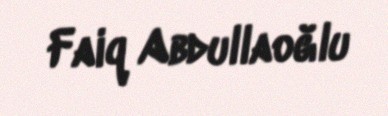
Faiq Abdullaoğlu